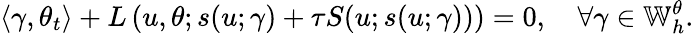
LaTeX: \left\langle\gamma,\theta_{t}\right\rangle+L\left(u,\theta;s(u;\gamma)+\tau S(u;s(u;\gamma))\right)=0,\quad\forall\gamma\in\mathbb{W}_{h}^{\theta}.